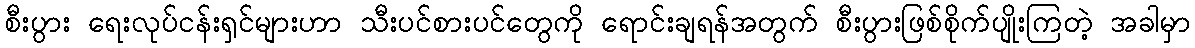
စီးပွား ရေးလုပ်ငန်းရှင်များဟာ သီးပင်စားပင်တွေကို ရောင်းချရန်အတွက် စီးပွားဖြစ်စိုက်ပျိုးကြတဲ့ အခါမှာ